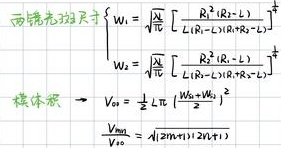
\begin{equation}
\begin{cases}
W_1 = \sqrt{\frac{\omega}{c}} \sqrt{\frac{R_1 (R_2 - L)}{L (R_1 - L) (R_2 - L)}} \\
W_2 = \sqrt{\frac{\omega}{c}} \sqrt{\frac{R_2 (R_1 - L)}{L (R_1 - L) (R_2 - L)}} \\
V_{01} = \frac{1}{2} \pi \frac{|W_1 - W_2|}{\sqrt{(W_1 + W_2)^2 - 1}} \\
\frac{V_{01}}{V_{02}} = \sqrt{\frac{(2m + 1)}{(2n + 1)}}
\end{cases}
\end{equation}